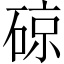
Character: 䃄